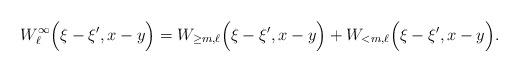
LaTeX: \begin{align*}\begin{aligned}W_\ell^\infty\Big(\xi-\xi',x-y\Big)=W_{\geq m,\ell}\Big(\xi-\xi',x-y\Big)+W_{<m,\ell}\Big(\xi-\xi',x-y\Big).\end{aligned}\end{align*}